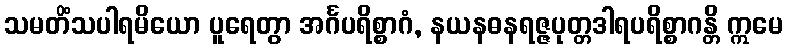
သမတိံသပါရမိယော ပူရေတွာ အင်္ဂပရိစ္စာဂံ, နယနဓနရဇ္ဇပုတ္တဒါရပရိစ္စာဂန္တိ ဣမေ